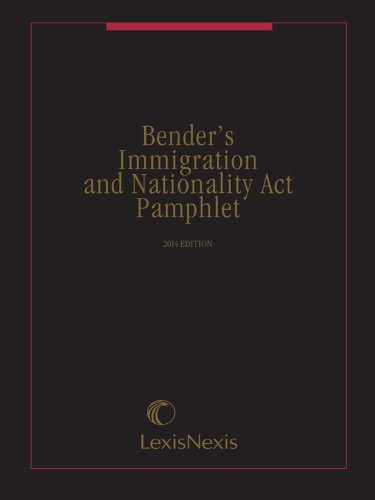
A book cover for Bender's Immigration and Nationality Act Pamphlet (2014); Publisher's Editorial Staff; Law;